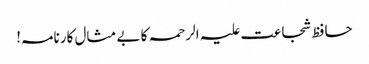
حافظ شجاعت علیہ الرحمہ کا بے مثال کارنامہ!